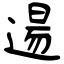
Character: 逿